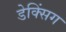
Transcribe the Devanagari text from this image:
डेक्सिंग